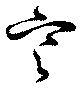
寒